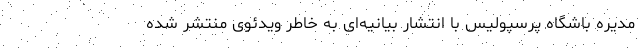
مدیره باشگاه پرسپولیس با انتشار بیانیه‌ای به خاطر ویدئوی منتشر شده